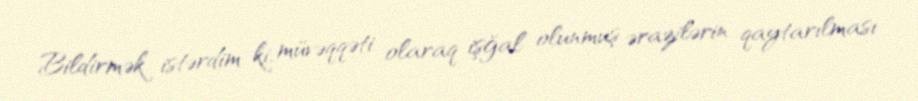
Bildirmək istərdim ki, müvəqqəti olaraq işğal olunmuş ərazilərin qaytarılması